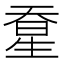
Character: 𰋭